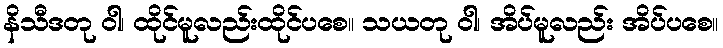
နိသီဒတု ဝါ၊ ထိုင်မူလည်းထိုင်ပစေ။ သယတု ဝါ၊ အိပ်မူလည်း အိပ်ပစေ။